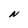
Character: N